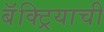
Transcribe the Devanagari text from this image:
बॅक्ट्रियाची